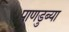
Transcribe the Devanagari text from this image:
पाणडुब्या